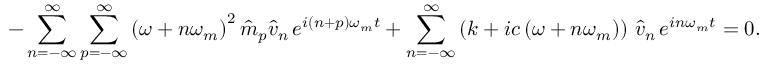
- \sum _ { n = - \infty } ^ { \infty } \sum _ { p = - \infty } ^ { \infty } \left( \omega + n \omega _ { m } \right) ^ { 2 } \hat { m } _ { p } \hat { v } _ { n } \, e ^ { i ( n + p ) \omega _ { m } t } + \sum _ { n = - \infty } ^ { \infty } \left( k + i c \left( \omega + n \omega _ { m } \right) \right) \, \hat { v } _ { n } \, e ^ { i n \omega _ { m } t } = 0 .